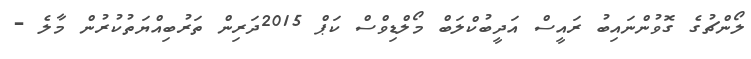
ލޯންޗުގެ ގޮވުންނައިބު ރައީސް އަދީބުކްލަބް މޯލްޑިވްސް ކަޕް 2015ދަރިން ތަރުބިއްޔަތުކުރުން މާލެ -